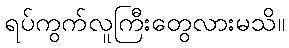
ရပ်ကွက်လူကြီးတွေလားမသိ။